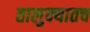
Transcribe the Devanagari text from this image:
तालुक्यातच